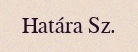
Határa Sz.